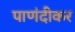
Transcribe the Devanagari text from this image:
पाणंदीकर